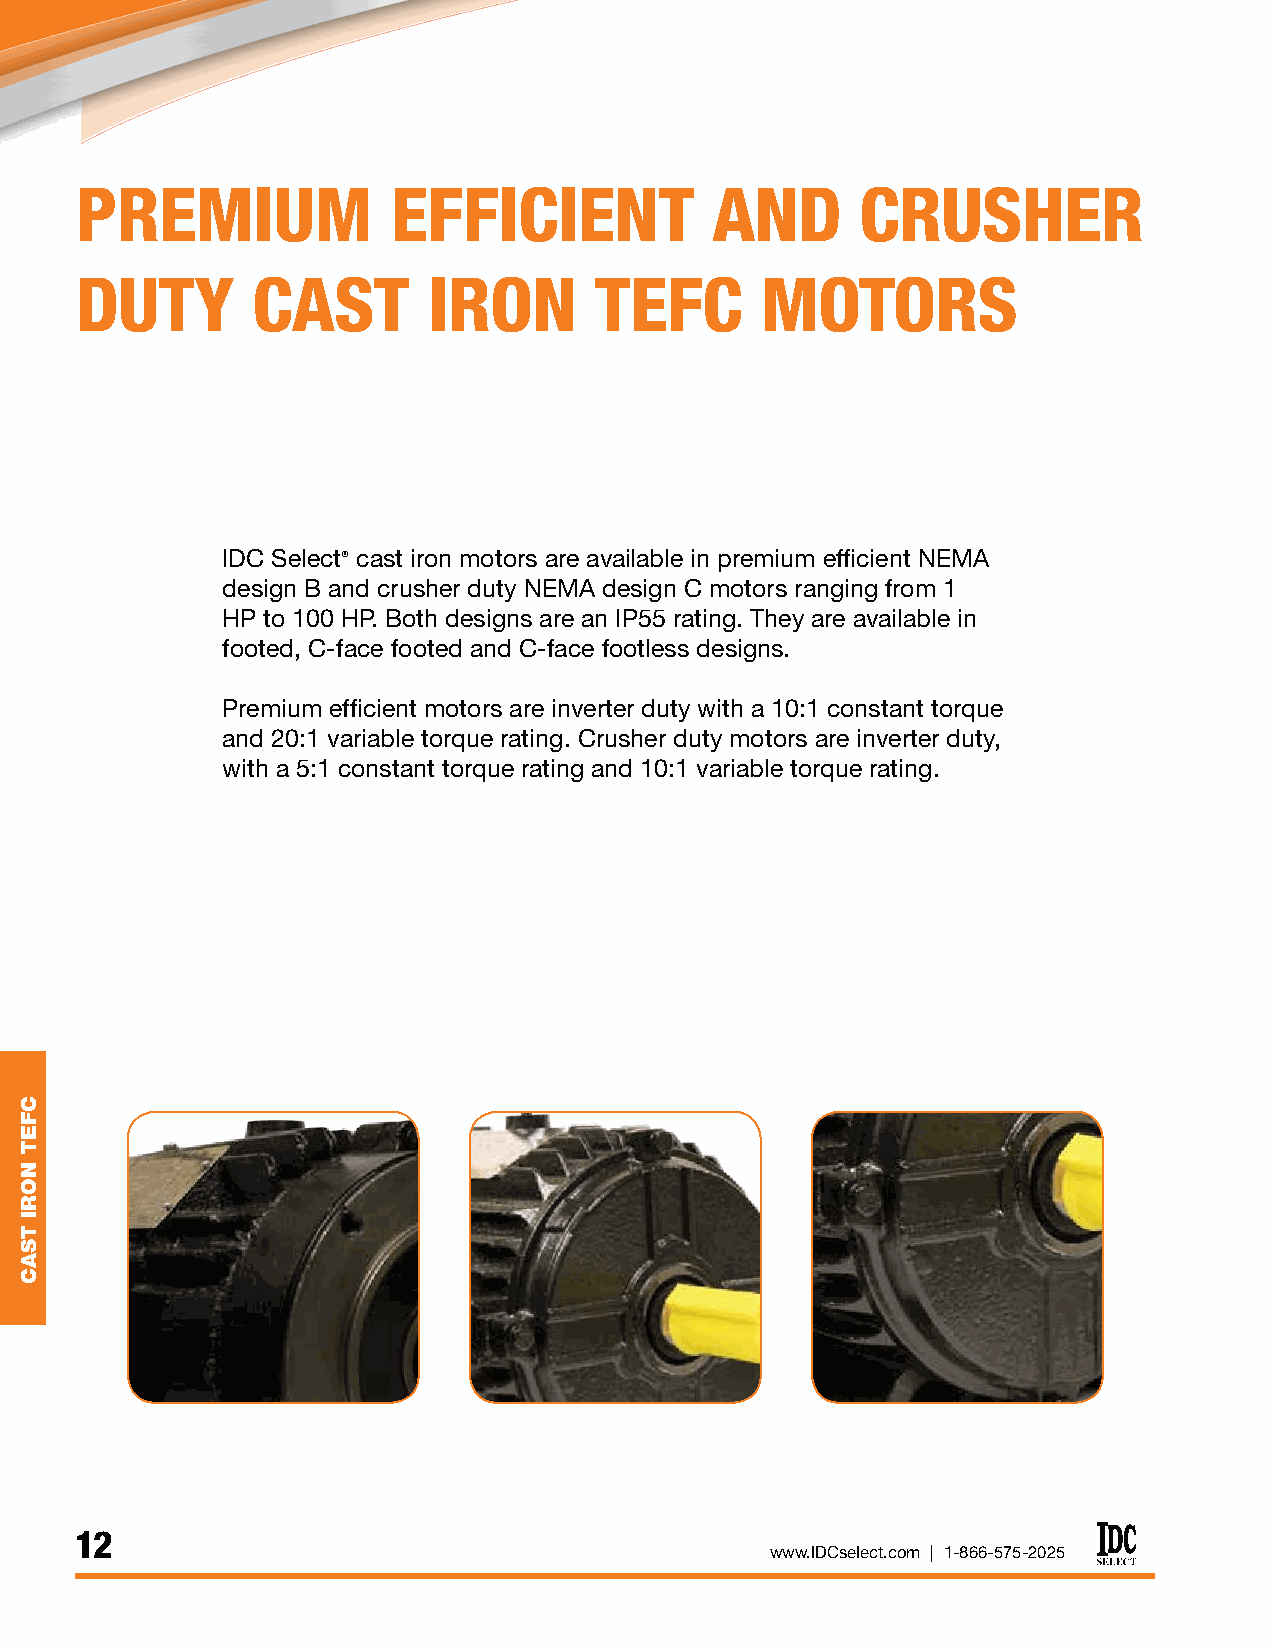
PREMIUM              EFFICIENT            AND       CRUSHER
 DUTY        CAST       IRON       TEFC       MOTORS
 IDC Select® cast iron motors are available in premium efficient NEMA
 design B and crusher duty NEMA design C motors ranging from 1
 HP to 100 HP. Both designs are an IP55 rating. They are available in
 footed, C-face footed and C-face footless designs.
 Premium efficient motors are inverter duty with a 10:1 constant torque
 and 20:1 variable torque rating. Crusher duty motors are inverter duty,
 with a 5:1 constant torque rating and 10:1 variable torque rating.
 12                                                                                                                                                           13
 www.IDCselect.com | 1-866-575-2025
 CFET
 NORI
 TSAC